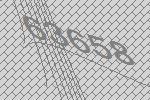
63658